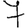
Digit: 7